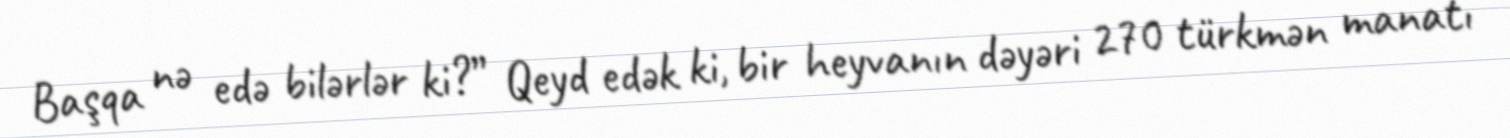
Başqa nə edə bilərlər ki?” Qeyd edək ki, bir heyvanın dəyəri 270 türkmən manatı